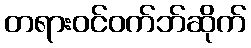
တရားဝင်ဝက်ဘ်ဆိုက်